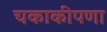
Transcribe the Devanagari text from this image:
चकाकीपणा